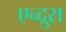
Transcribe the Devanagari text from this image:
एन्द्रुस